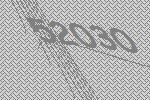
52030